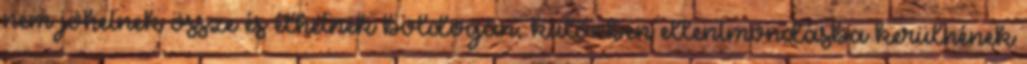
nem jöhetnek össze és élhetnek boldogan, különben ellentmondásba kerülnének